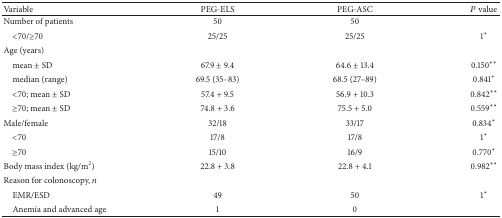
| Variable | PEG-ELS | PEG-ASC | P value |
 | --- | --- | --- | --- |
 | Number of patients | 50 | 50 |  |
 | <70/≥70 | 25/25 | 25/25 | 1∗ |
 | Age (years) |  |  |  |
 | mean ± SD | 67.9 ± 9.4 | 64.6 ± 13.4 | 0.150∗∗ |
 | median (range) | 69.5 (35–83) | 68.5 (27–89) | 0.841∗ |
 | <70; mean ± SD | 57.4 + 9.5 | 56.9 + 10.3 | 0.842∗∗ |
 | ≥70; mean ± SD | 74.8 + 3.6 | 75.5 + 5.0 | 0.559∗∗ |
 | Male/female | 32/18 | 33/17 | 0.834∗ |
 | <70 | 17/8 | 17/8 | 1∗ |
 | ≥70 | 15/10 | 16/9 | 0.770∗ |
 | Body mass index (kg/m2) | 22.8 + 3.8 | 22.8 + 4.1 | 0.982∗∗ |
 | Reason for colonoscopy, n |  |  |  |
 | EMR/ESD | 49 | 50 | 1∗ |
 | Anemia and advanced age | 1 | 0 |  |